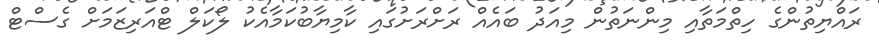
ރައްޔިތުންގެ ހިތްމަތާއި މިންނަތުން މިއަދު ބައެއް ރަށްރަށުގައި ކާމިޔާބުކަމާއެކު ލޯކަލް ޓްއަރިޒަމަށް ގެސްޓް